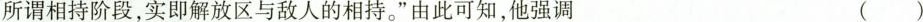
所谓相持阶段，实即解放区与敌人的相持。”由此可知，他强调()